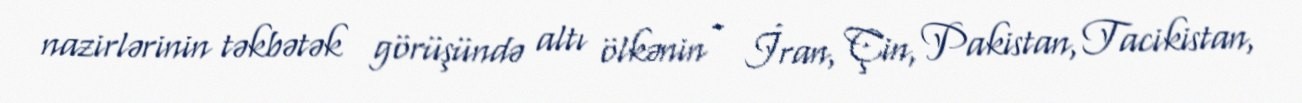
nazirlərinin təkbətək görüşündə altı ölkənin - İran, Çin, Pakistan, Tacikistan,